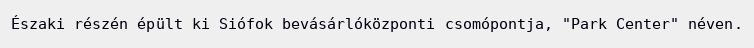
Északi részén épült ki Siófok bevásárlóközponti csomópontja, "Park Center" néven.